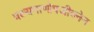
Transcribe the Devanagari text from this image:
वक्ष्यमाणोपजीवनेन